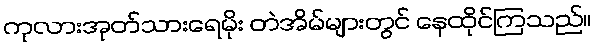
ကုလားအုတ်သားရေမိုး တဲအိမ်များတွင် နေထိုင်ကြသည်။